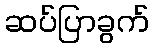
ဆပ်ပြာခွက်